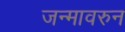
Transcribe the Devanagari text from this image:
जन्मावरुन